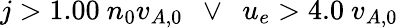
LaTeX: j>1.00\ n_{0}v_{A,0}\ \ \lor\ \ u_{e}>4.0\ v_{A,0}